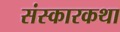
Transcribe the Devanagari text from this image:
संस्कारकथा